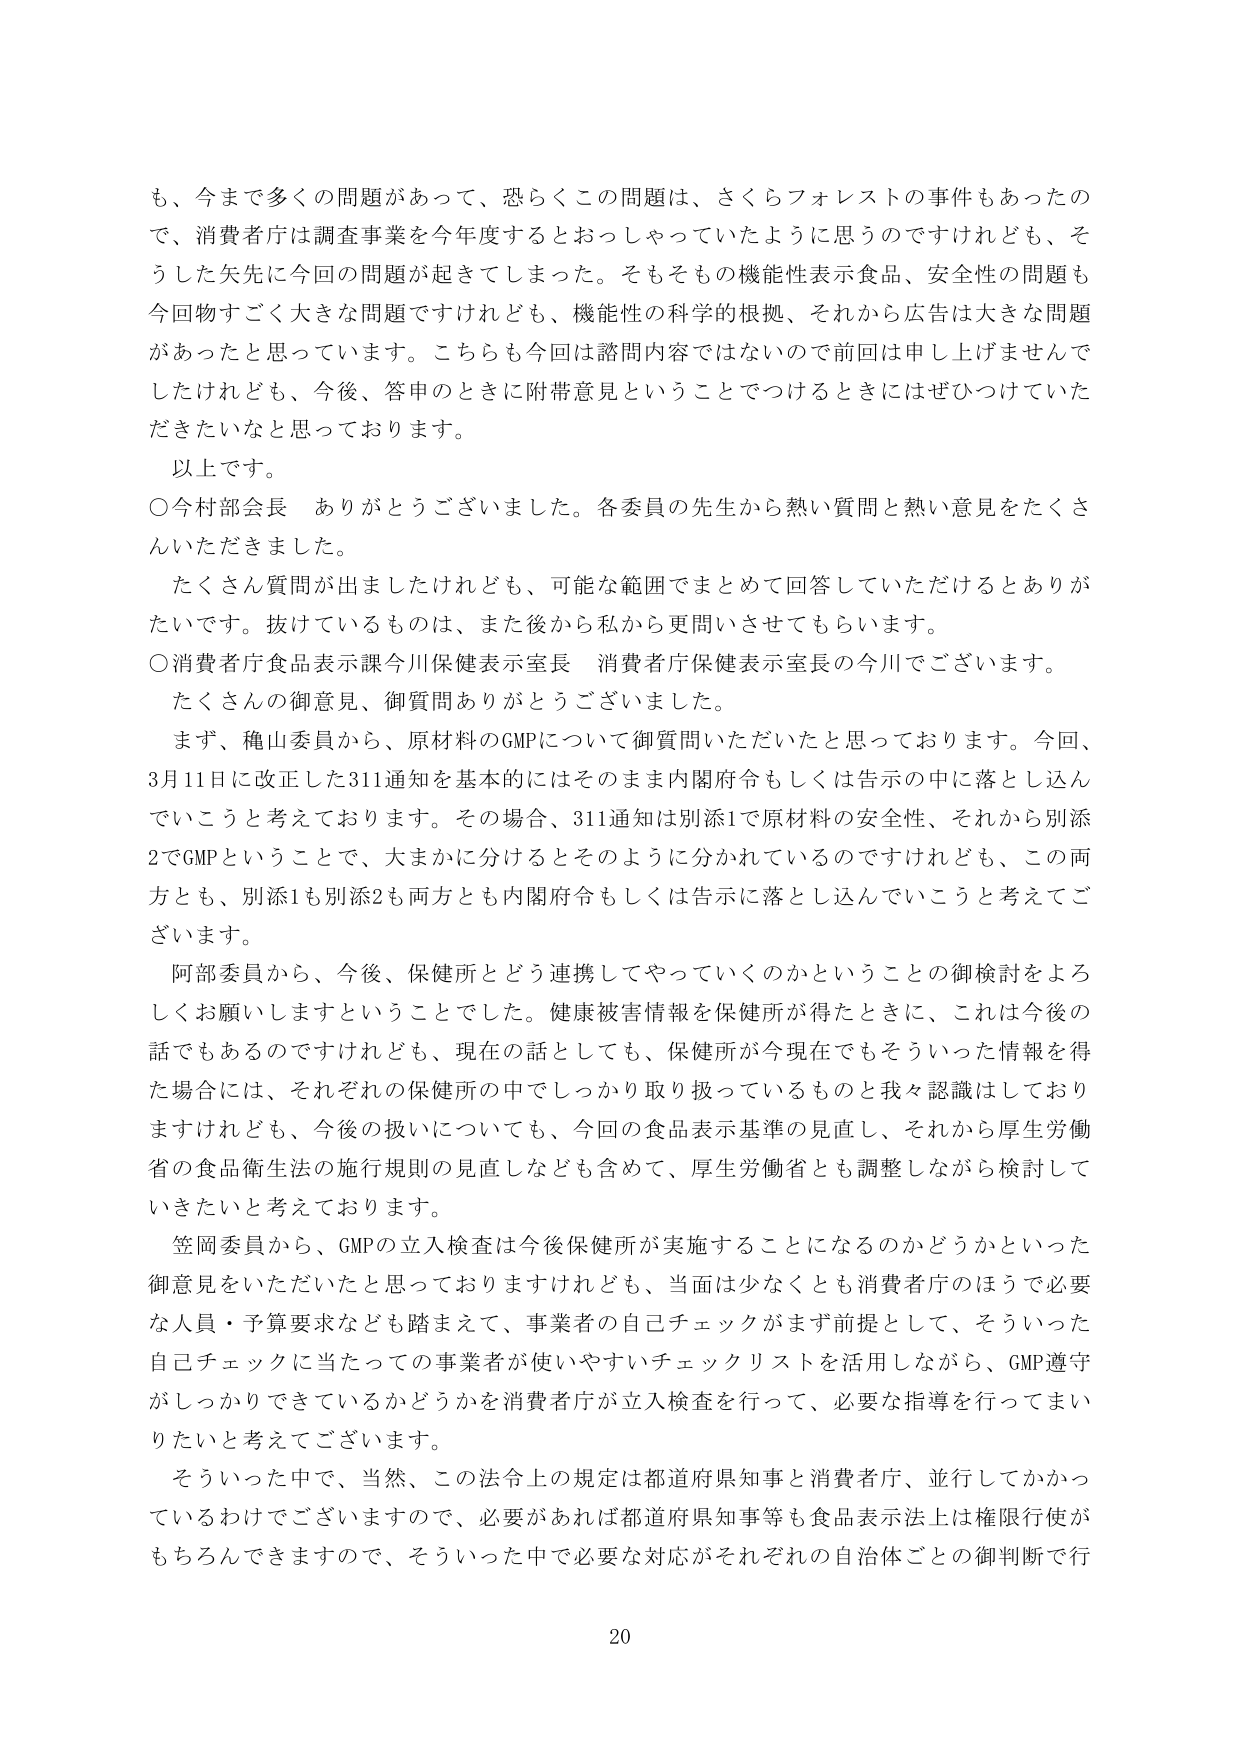
も、今まで多くの問題があって、恐らくこの問題は、さくらフォレストの事件もあったので、消費者庁は調査事業を今年度するとおっしゃっていたように思うのですけれども、そうした矢先に今回の問題が起きてしまった。そもそも機能性表示食品、安全性の問題も今回物すごく大きな問題ですけれども、機能性の科学的根拠、それから広告は大きな問題があったと思っています。こちらも今回は諮問内容ではないので前回は申し上げませんでしたけれども、今後、答申のときに附帯意見ということでつけるときにはぜひつけていただきたいなと思っております。

以上です。

○今村部会長　ありがとうございました。各委員の先生から熱い質問と熱い意見をたくさんいただきました。

たくさん質問が出ましたけれども、可能な範囲でまとめて回答していただけるとありがたいです。抜けているものは、また後から私から更問いさせてもらいます。

○消費者庁食品表示課今川保健表示室長　消費者庁保健表示室長の今川でございます。

たくさんの御意見、御質問ありがとうございました。

まず、穐山委員から、原材料のGMPについて御質問いただいたと思っております。今回、3月11日に改正した311通知を基本的にはそのまま内閣府令もしくは告示の中に落とし込んでいこうと考えております。その場合、311通知は別添1で原材料の安全性、それから別添2でGMPということで、大まかに分けるとそのように分かれているのですけれども、この両方とも、別添1も別添2も両方とも内閣府令もしくは告示に落とし込んでいこうと考えております。

阿部委員から、今後、保健所とどう連携してやっていくのかということの御検討をよろしくお願いしますということでした。健康被害情報を保健所が得たときに、これは今後の話でもあるのですけれども、現在の話としても、保健所が今現在でもそういった情報を得た場合には、それぞれの保健所の中でしっかり取り扱っているものと我々認識しておりますけれども、今後の扱いについても、今回の食品表示基準の見直し、それから厚生労働省の食品衛生法の施行規則の見直しなども含めて、厚生労働省とも調整しながら検討していきたいと考えております。

笠岡委員から、GMPの立入検査は今後保健所が実施することになるのかどうかといった御意見をいただいたと思っておりますけれども、当面は少なくとも消費者庁のほうで必要な人員・予算要求なども踏まえて、事業者の自己チェックがまず前提として、そういった自己チェックに当たっての事業者が使いやすいチェックリストを活用しながら、GMP遵守がしっかりできているかどうかを消費者庁が立入検査を行って、必要な指導を行ってまいりたいと考えております。

そういった中で、当然、この法令上の規定は都道府県知事と消費者庁、並行してかかっているわけでございますので、必要があれば都道府県知事等も食品表示法上は権限行使がもちろんできますので、そういった中で必要な対応がそれぞれの自治体ごとの御判断で行

20